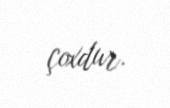
çoxdur.